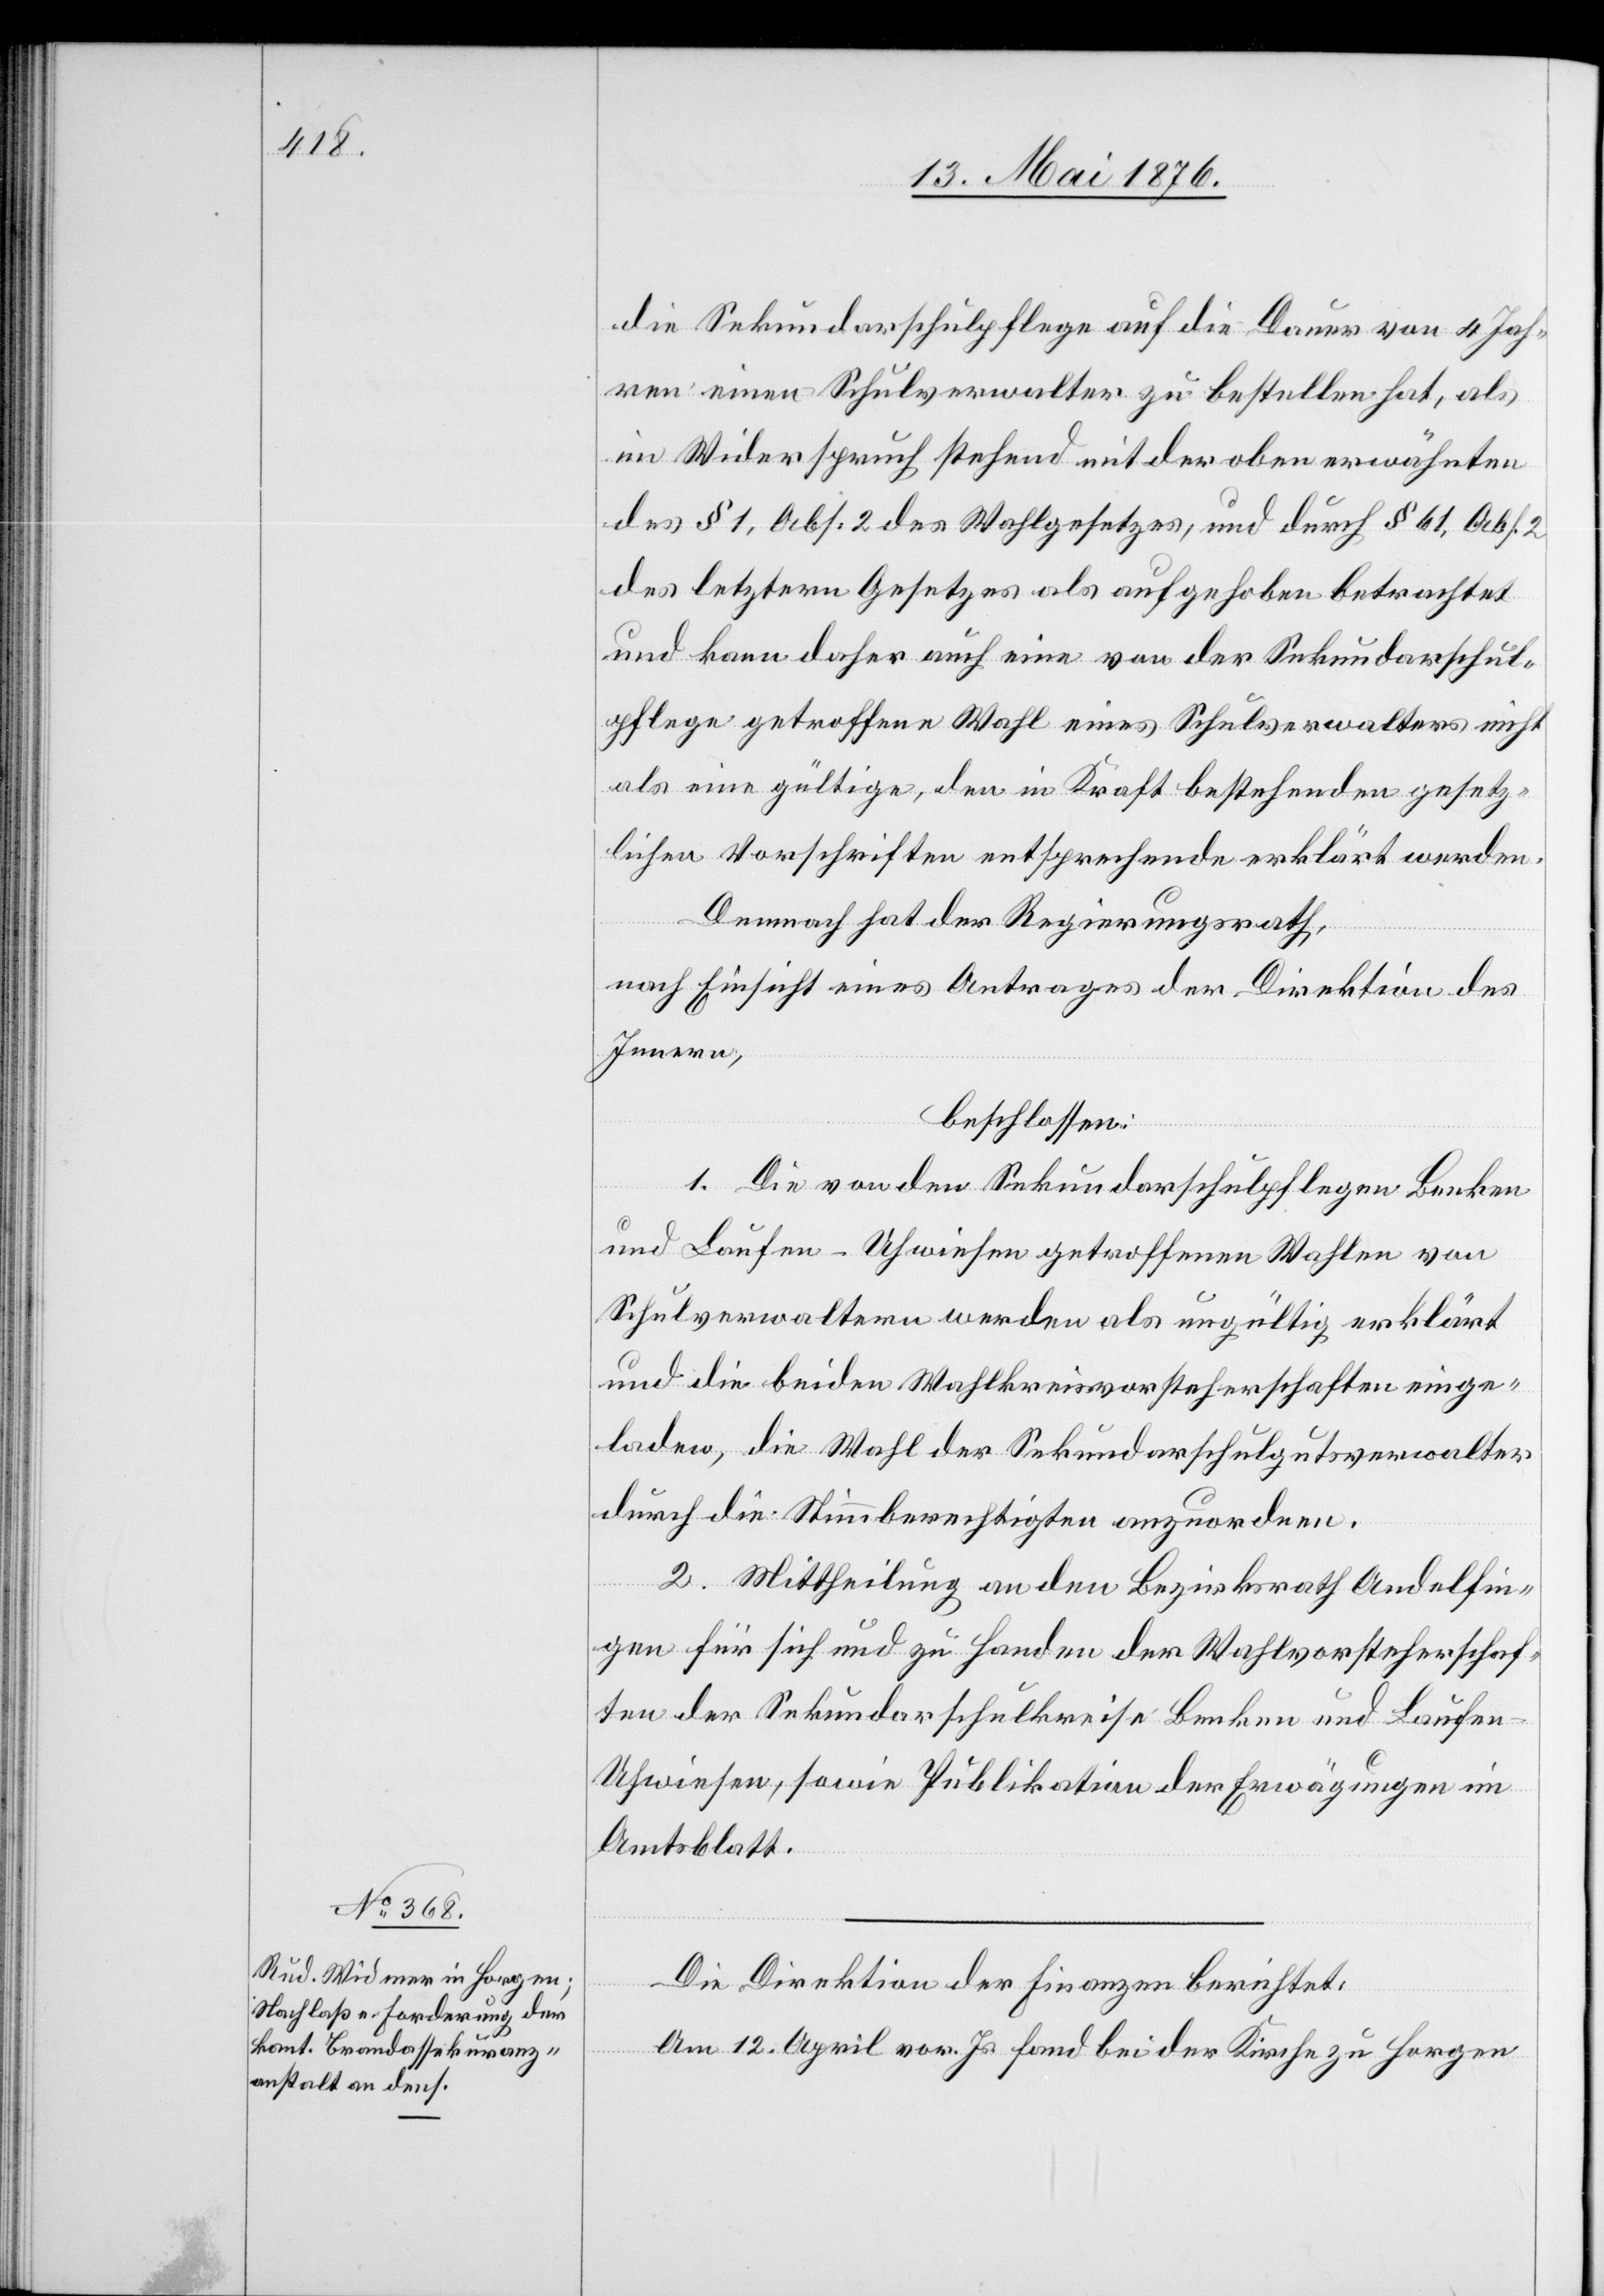
die Sekundarschulpflege auf die Dauer von 4 Jah¬
ren einen Schulverwalter zu bestellen hat, als
im Widerspruch stehend mit der oben erwähnten
des § 1, Abs. 2 des Wahlgesetzes, und durch § 61, Abs.
des letztern Gesetzes als aufgehoben betrachtet
und kann daher auch eine von der Sekundarschul¬
pflege getroffene Wahl eines Schulverwalters nicht
als eine gültige, den in Kraft bestehenden gesetz¬
lichen Vorschriften entsprechende erklärt werden.
Demnach hat der Regierungsrath,
nach Einsicht eines Antrages der Direktion des
Innern,
beschlossen:
1. Die von den Sekundarschulpflegen Benken
und Laufen-Uhwiesen getroffenen Wahlen von
Schulverwaltern werden als ungültig erklärt
und die beiden Wahlkreisvorsteherschaften einge¬
laden, die Wahl der Sekundarschulgutsverwalter
durch die Stimmberechtigten anzuordnen.
2. Mittheilung an den Bezirksrath Andelfin¬
gen für sich und zu Handen der Wahlvorsteherschaf¬
ten der Sekundarschulkreise Benken und Laufen-U¬
hwiesen, sowie Publikation der Erwägungen im
Amtsblatt.
Die Direktion der Finanzen berichtet:
Am 12. April vor. Js. fand bei der Kirche zu Horgen